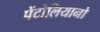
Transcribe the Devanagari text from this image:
पेंटोलियानो